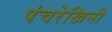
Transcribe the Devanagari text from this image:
पंचरेखिनी